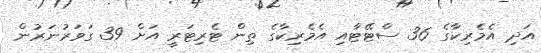
އަދި އެމެރިކާގެ 36 ސްޓޭޓާއި އެމެރިކާގެ ތިން ޓެރިޓަރީ އަށް 39 ގަވަރުނަރުން